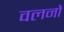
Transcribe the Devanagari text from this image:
वलनों